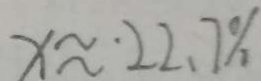
x \approx \cdot 2 2 . 7 \%